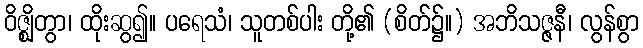
ဝိဇ္ဈိတွာ၊ ထိုးဆွ၍။ ပရေသံ၊ သူတစ်ပါး တို့၏ (စိတ်၌။) အဘိသဇ္ဇနီ၊ လွန်စွာ